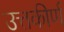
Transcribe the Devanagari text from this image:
उत्तकीर्ण